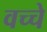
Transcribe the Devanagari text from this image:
वच्चे